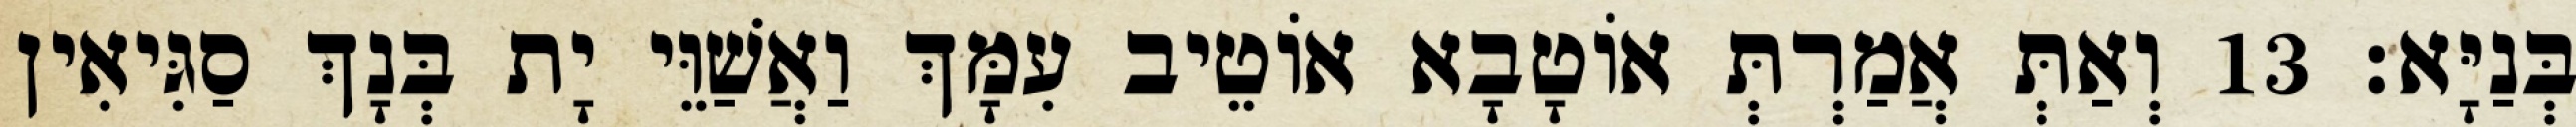
בְּנַיָּא׃ 13 וְאַתְּ אֲמַרְתְּ אוֹטָבָא אוֹטֵיב עִמָּךְ וַאֲשַׁוֵּי יָת בְּנָךְ סַגִּיאִין